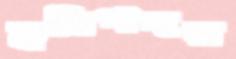
হরিপদর